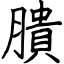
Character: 膭